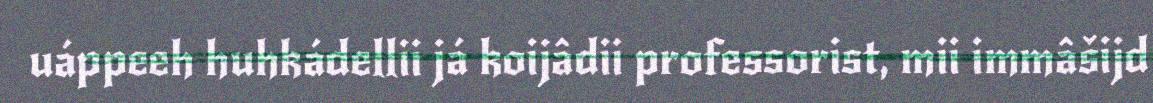
uáppeeh huhkádellii já koijâdii professorist, mii immâšijd